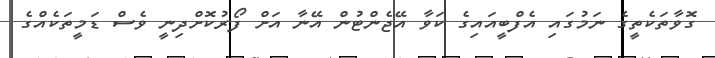
ގޮވާތަކެތީގެ ނަމުގައި އެފްބީއައިގެ ކަވާ އޭޖެންޓުން އޭނާ އަށް ފޯރުކޮށްދިނީ ވެސް ޑަމީތަކެއްގެ